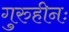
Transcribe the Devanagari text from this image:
गुरुहीनः